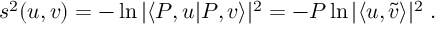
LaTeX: s ^ { 2 } ( u , v ) = - \ln | \langle P , u | P , v \rangle | ^ { 2 } = - P \ln | \langle u , \tilde { v } \rangle | ^ { 2 } \; .